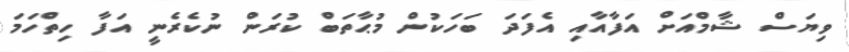
ވިޔަސް ޝާމްއަށް އަފާއާއި އެފަދަ ބަހަކުން މުޙާތަބް ކުރަން ނުކެރެނީ އަފާ ހިތްހަމަ